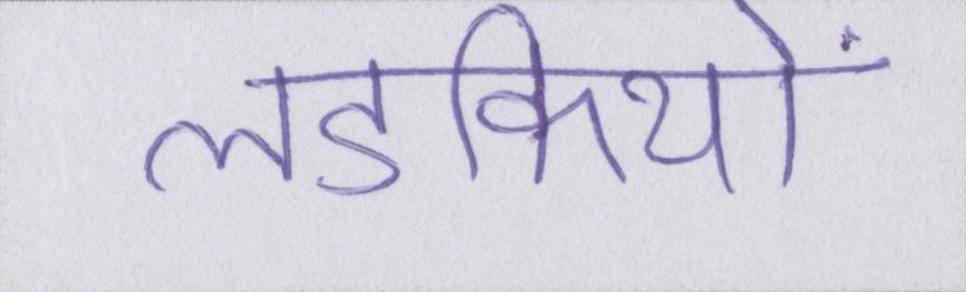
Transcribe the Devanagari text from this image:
लडकियों